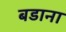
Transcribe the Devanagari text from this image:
बडाना